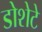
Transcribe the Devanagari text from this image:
डोशेटे